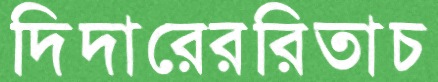
দিদারেররিতাচ